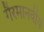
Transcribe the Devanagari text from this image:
गैरमानवीय